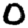
Digit: 0